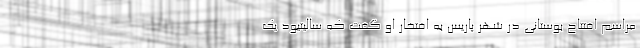
مراسم افتتاح بوستانی در شهر پاریس به افتخار او گفت که سالیتیود یک